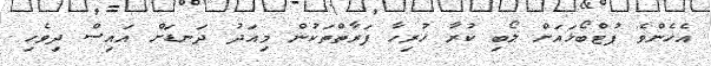
އެހެންވެ ފުޓްބޯޅައަށް ލޯބި ކުރާ ހުރިހާ ފަރާތްތަކުން މިއަދު ދަނޑަށް އައިސް ދިވެހި